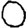
Digit: 0